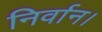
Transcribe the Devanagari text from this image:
निर्वान।